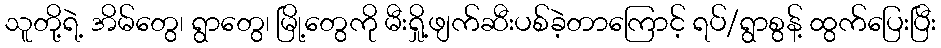
သူတို့ရဲ့ အိမ်တွေ၊ ရွာတွေ၊ မြို့တွေကို မီးရှို့ဖျက်ဆီးပစ်ခဲ့တာကြောင့် ရပ်/ရွာစွန့် ထွက်ပြေးပြီး